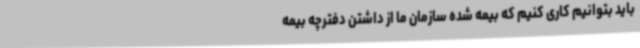
باید بتوانیم کاری کنیم که بیمه شده‌ سازمان ما از داشتن دفترچه بیمه